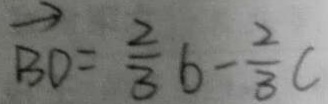
\overrightarrow { B D } = \frac { 2 } { 3 } b - \frac { 2 } { 3 } c